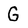
Character: G